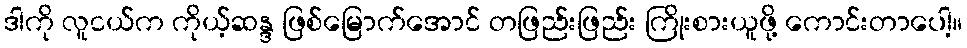
ဒါကို လူငယ်က ကိုယ့်ဆန္ဒ ဖြစ်မြောက်အောင် တဖြည်းဖြည်း ကြိုးစားယူဖို့ ကောင်းတာပေါ့။